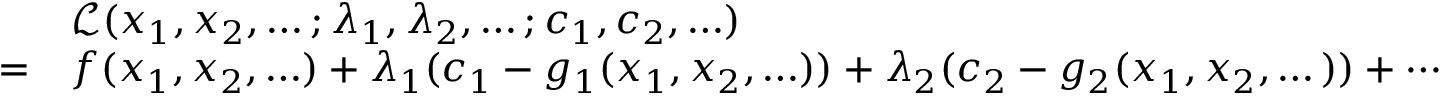
{ \begin{array} { r l } & { { \mathcal { L } } ( x _ { 1 } , x _ { 2 } , \ldots ; \lambda _ { 1 } , \lambda _ { 2 } , \ldots ; c _ { 1 } , c _ { 2 } , \ldots ) } \\ { = } & { f ( x _ { 1 } , x _ { 2 } , \ldots ) + \lambda _ { 1 } ( c _ { 1 } - g _ { 1 } ( x _ { 1 } , x _ { 2 } , \ldots ) ) + \lambda _ { 2 } ( c _ { 2 } - g _ { 2 } ( x _ { 1 } , x _ { 2 } , \dots ) ) + \cdots } \end{array} }